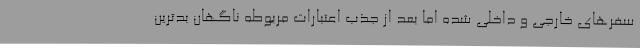
سفرهای خارجی و داخلی شده اما بعد از جذب اعتبارات مربوطه ناگهان بدترین